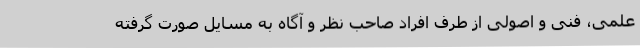
علمی، فنی و اصولی از طرف افراد صاحب نظر و آگاه به مسایل صورت گرفته